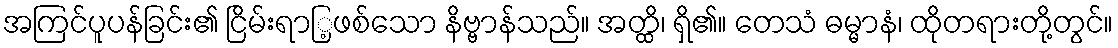
အကြင်ပူပန်ခြင်း၏ ငြိမ်းရာြ့ဖစ်သော နိဗ္ဗာန်သည်။ အတ္ထိ၊ ရှိ၏။ တေသံ ဓမ္မာနံ၊ ထိုတရားတို့တွင်။